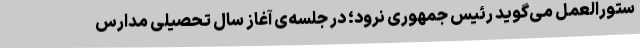
ستورالعمل می‌گوید رئیس جمهوری نرود؛ در جلسه‌ی آغاز سال تحصیلی مدارس